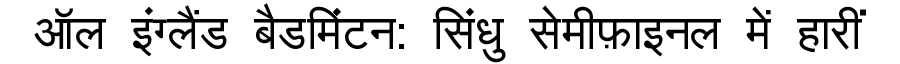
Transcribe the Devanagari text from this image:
ऑल इंग्लैंड बैडमिंटन: सिंधु सेमीफ़ाइनल में हारीं